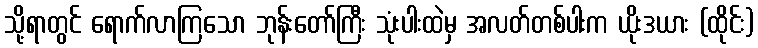
သို့ရာတွင် ရောက်လာကြသော ဘုန်းတော်ကြီး သုံးပါးထဲမှ အလတ်တစ်ပါးက ယိုးဒယား (ထိုင်း)